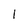
Character: 1